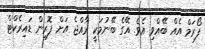
ފޯރަމް އެއް ބޭއްވި އެވެ. އޭގެ ބޭނުމަކީ ރާއްޖެ އަށް ފޮރިން ޑައިރެކްޓް